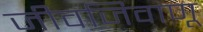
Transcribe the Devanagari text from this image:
जीवजिवाणू